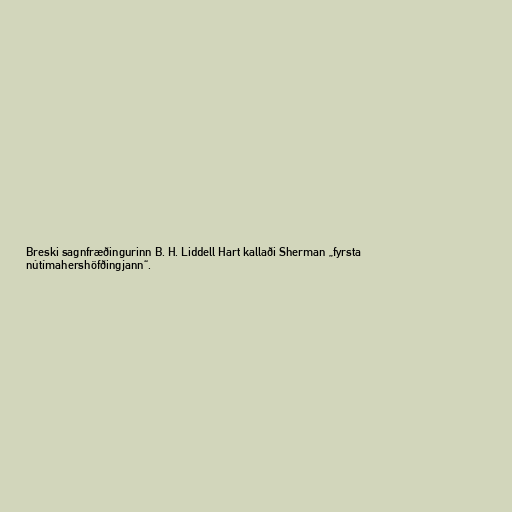
Breski sagnfræðingurinn B. H. Liddell Hart kallaði Sherman „fyrsta
nútímahershöfðingjann“.